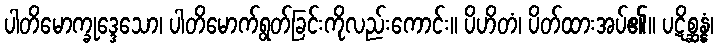
ပါတိမောက္ခုဒ္ဒေသော၊ ပါတိမောက်ရွတ်ခြင်းကိုလည်းကောင်း။ ပိဟိတံ၊ ပိတ်ထားအပ်၏။ ပဋိစ္ဆန္နံ၊